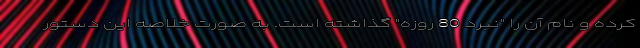
کرده و نام آن را "نبرد 80 روزه" گذاشته است. به صورت خلاصه این دستور